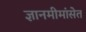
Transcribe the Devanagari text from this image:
ज्ञानमीमांसेत